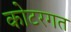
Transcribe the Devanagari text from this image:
कोटरगत